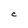
Character: C